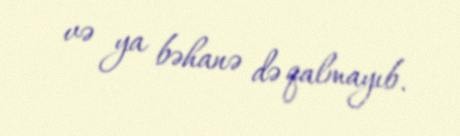
və ya bəhanə də qalmayıb.